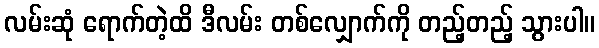
လမ်းဆုံ ရောက်တဲ့ထိ ဒီလမ်း တစ်လျှောက်ကို တည့်တည့် သွားပါ။